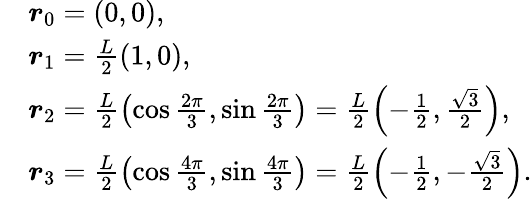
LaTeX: \begin{array}{rl}&{{\boldsymbol r}_{0}=(0,0),}\\ &{{\boldsymbol r}_{1}=\frac L2(1,0),}\\ &{{\boldsymbol r}_{2}=\frac L2\left(\cos\frac{2\pi}{3},\sin\frac{2\pi}{3}\right)=\frac L2\left(-\frac 12,\frac{\sqrt 3}2\right),}\\ &{{\boldsymbol r}_{3}=\frac L2\left(\cos\frac{4\pi}{3},\sin\frac{4\pi}{3}\right)=\frac L2\left(-\frac 12,-\frac{\sqrt 3}2\right).}\end{array}